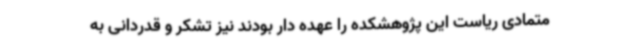
متمادی ریاست این پژوهشکده را عهده دار بودند نیز تشکر و قدردانی به